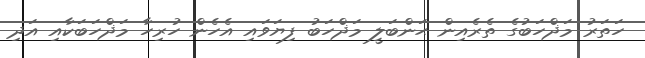
ހަތަރު މަޛްހަބުގެ ތެރެއިން ޙަންބަލީ މަޛްހަބު ފިޔަވައި އެހެން ހުރިހާ މަޛްހަބަކާއި އަދި